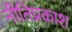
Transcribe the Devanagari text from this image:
नीतिप्रकाश